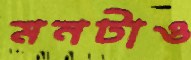
মনটাও